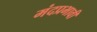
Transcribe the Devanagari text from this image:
मंदप्रभावी